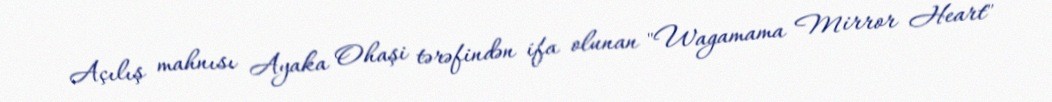
Açılış mahnısı Ayaka Ohaşi tərəfindən ifa olunan "Wagamama Mirror Heart"